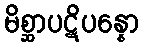
မိစ္ဆာပဋိပန္နော